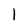
Character: l